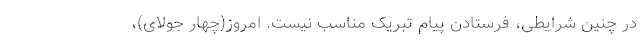
در چنین شرایطی، فرستادن پیام تبریک مناسب نیست. امروز(چهار جولای)،